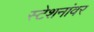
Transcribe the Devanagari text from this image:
स्टेशनांवर